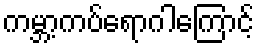
ကမ္ဘာ့ကပ်ရောဂါကြောင့်